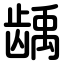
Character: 龋